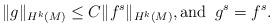
LaTeX: \begin{align*}\|g\|_{H^k(M)} \leq C \|f^s\|_{H^k(M)}, \mbox{and }\, g^s=f^s.\end{align*}